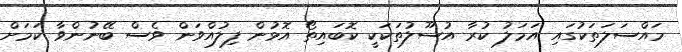
މައްސަލަތަކުގައި އަމަލު ކުރާ އުސޫލުތަކަކީ ކޮބައިތޯ އޮޅުން ފިލުއްވަން ވެސް ބޭނުންވާ ކަމަށް